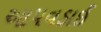
આપવડાઈ